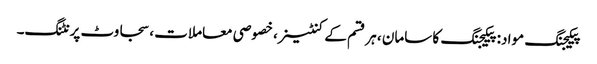
پیکیجنگ مواد: پیکیجنگ کا سامان ، ہر قسم کے کنٹینر ، خصوصی معاملات ، سجاوٹ پرنٹنگ۔